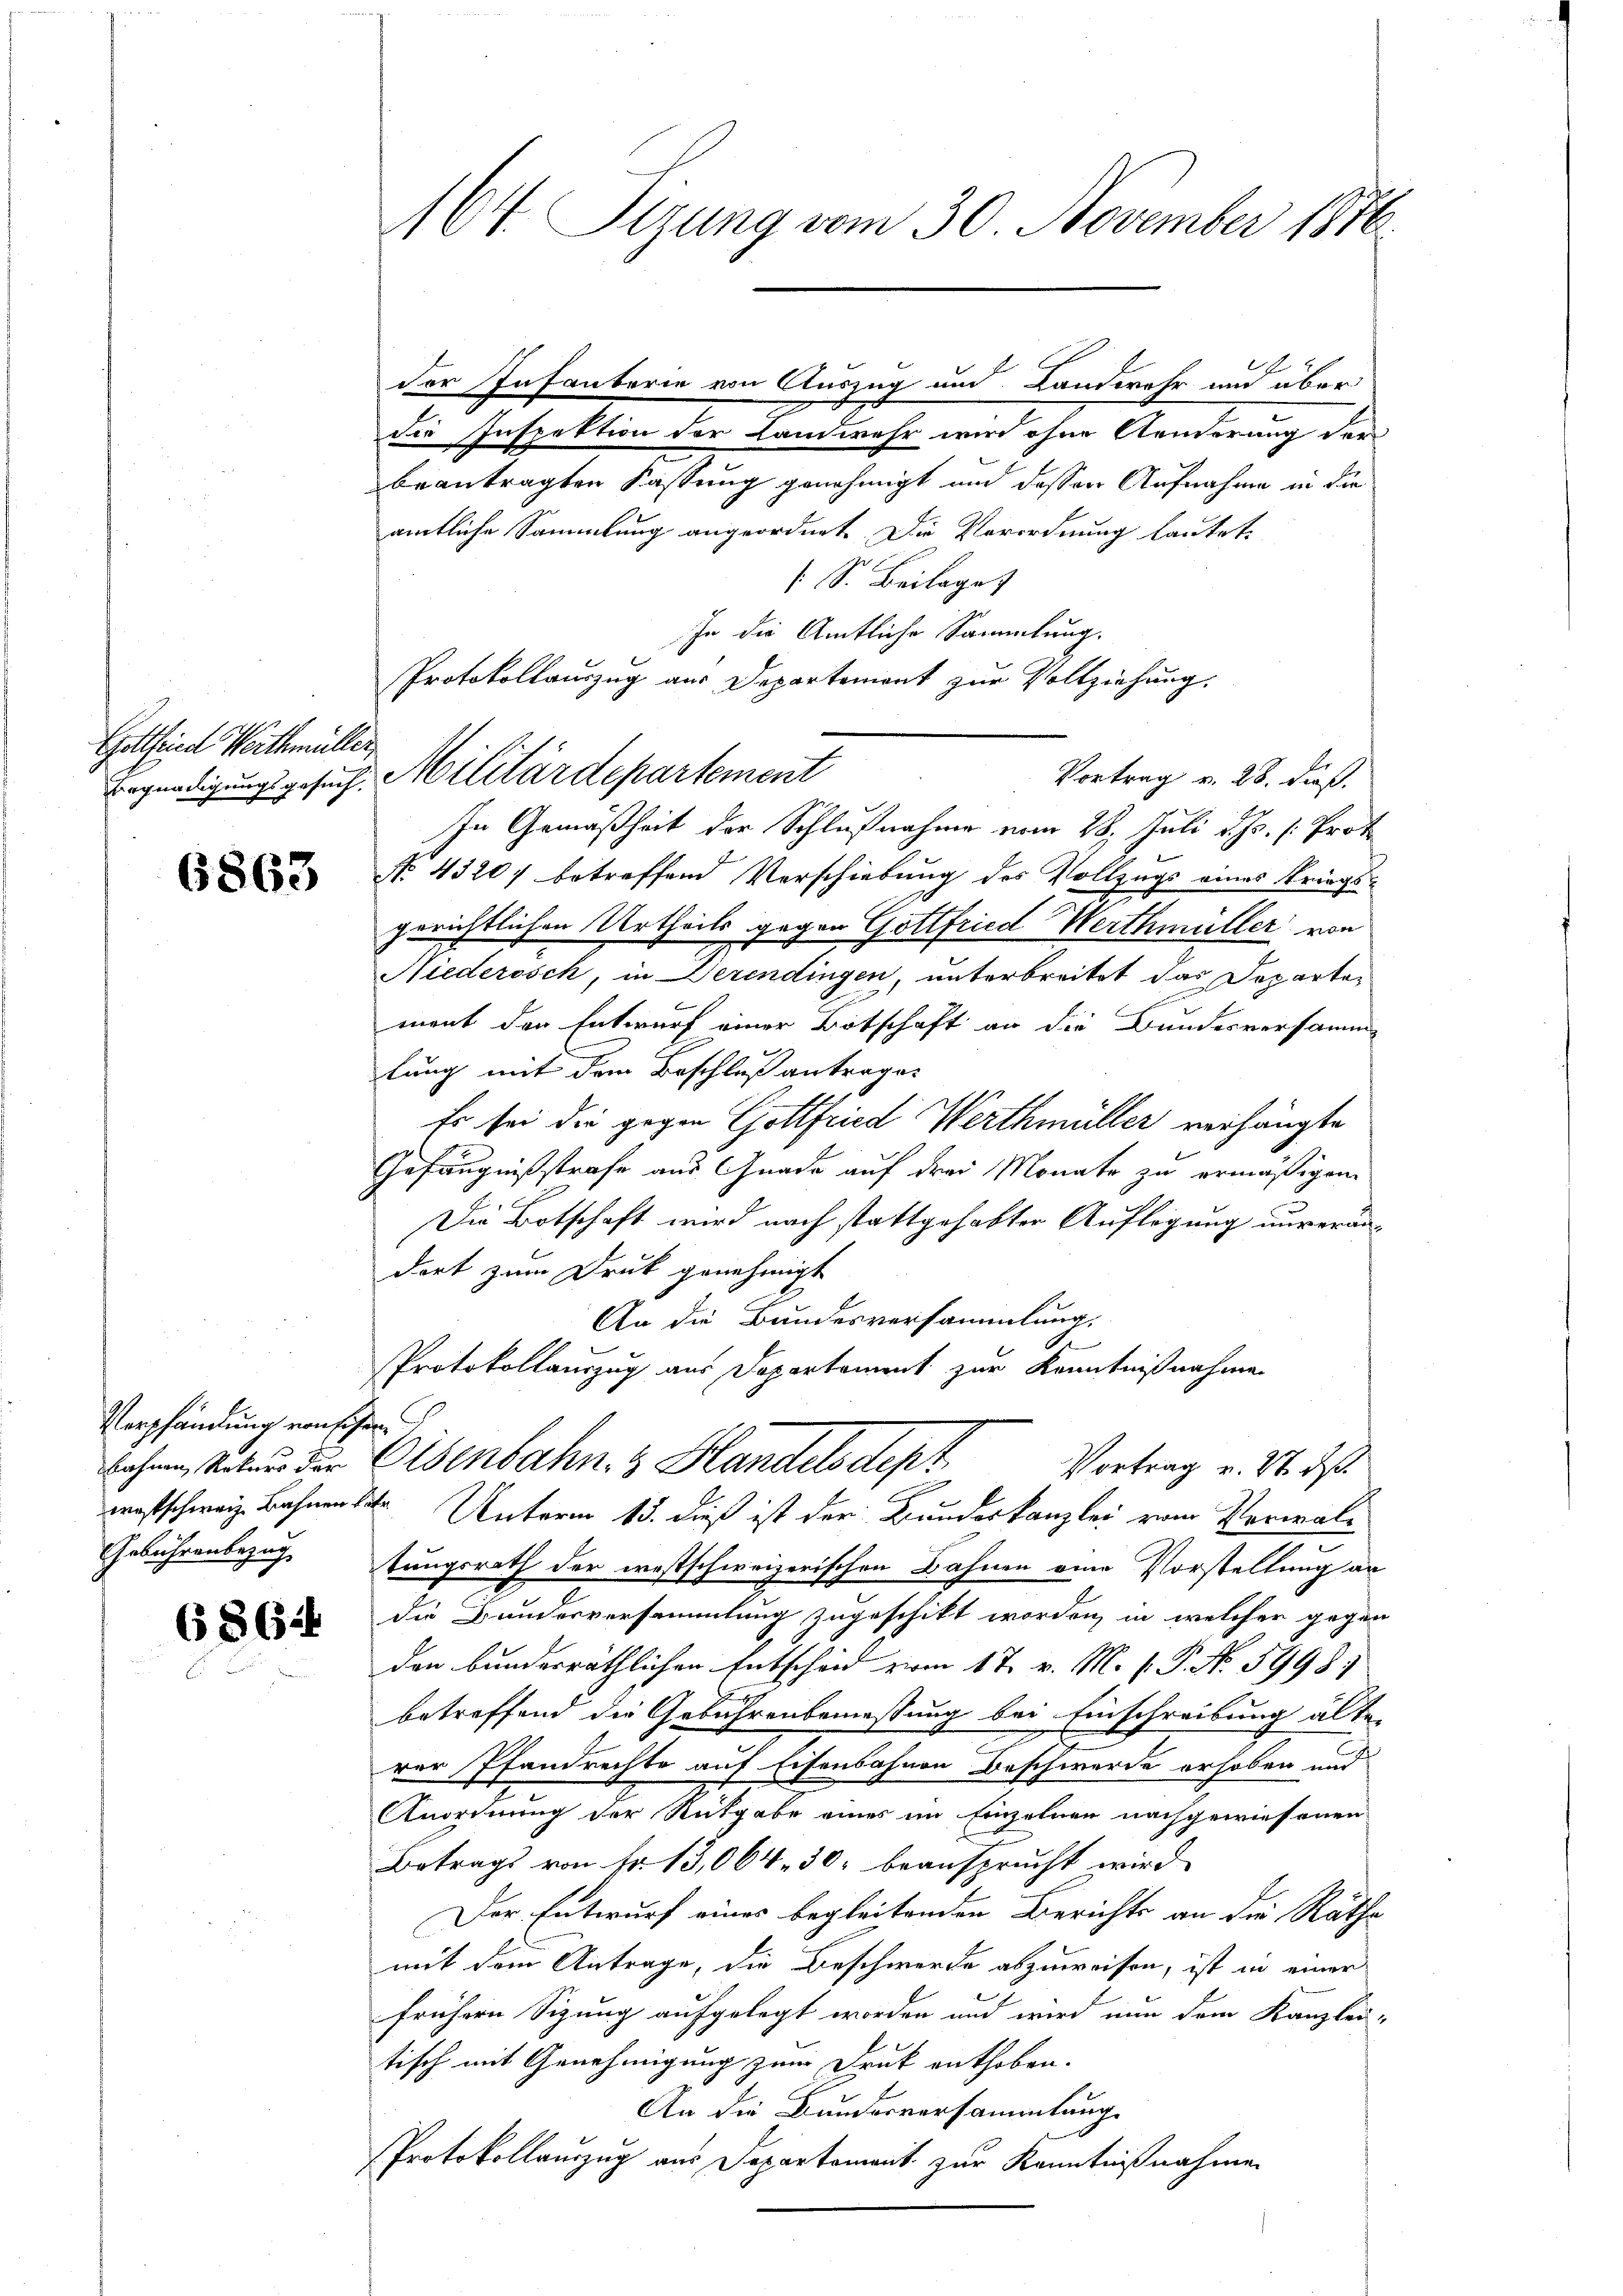
Goltend Weittmüller
egnadigungsgesuch,

6863

Verpfändung von sichen.
bahnen, Rekurs der
waschweiz Bahnen die

6864

164. Sizung vom 30. November 1876.

die Inspektion der Landwehr wird ohne Aenerang der
beantragten Fassung genehmigt und dessen Aufnahme in die
amtliche Sammlung angeordnet. Die Verordnung lautet.
 S. Beilage
ihe die Amtliche Sammlung.
Protokollauszug aus Departement zur Vollziehung,
Militärdepartement
In Gemäßheit der Schlußnahme vom 28. Juli d. Js. [: Prot
No. 43207 betreffend Verschiebung des Vollzugs eines Kriegs-
gerichtlichen Urtheils gegen Gottfried Werthmüller von
Niederosch, in Derendingen, unterbreitet das Departement den Entwurf einer Botschaft an die Bundesversamm
lung mit dem Beschluß antrage.
Es sei die gegen Gottfried Werthmüller verhängte
Gefängnißstrafe aus Gnade auf drei Monate zu ermäßigen.
Die Botschaft wird nach stattgehabter Auflegung unverändort zum Druk genehmigt
An die Bundesversammlung.
A
Protokollauszug aus Departament zur Kenntnißnahme
wisenbahn & Blandels dept.
Vortrag u. S. ds.
2 Unterm 15. dieß ist der Bundeskanzlei vom Verwal¬
Gebührenbezug, stungsrath der westschweizerischen Bahnen eine Vorstellung an
die Bundesversammlung zugeschikt worden, in welcher gegen
den bundesräthlichen Entscheid vom 17. v. M. P.P. No. 5998
betreffend die Gebührenbemessung bei Einschreibung älte
rer Pfandrechte auf Eisenbahnen Beschwerde erhoben und
Anordnung der Rutgabe eines im Einzelnen nachgewiesenen
Betrags von Fr. 13,064. 30. beansprucht wird
Der Entwurf eines begleitenden Berichts an die Rathe
mit dem Antrage, die Beschwerde abzuweisen, ist in einer
frühern Sizung aufgelegt worden und wird nun dem Kanzlei-
tisch mit Genehmigung zum Druk enthoben.
An die Bundesversammlung
Protokollauszug aus Departement zur Kenntnißnahme

der Insauberie von Auszug und Landwehr und über

Vortrag v. 28. dieß.